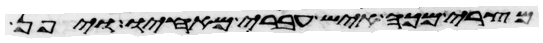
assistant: מצרי מכה איש עברי מאחיו ויפן